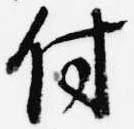
付